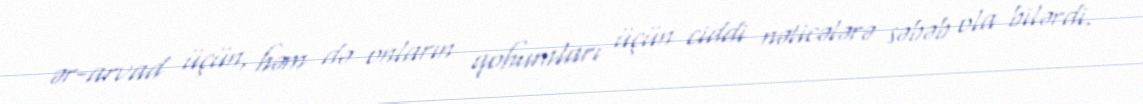
ər-arvad üçün, həm də onların qohumları üçün ciddi nəticələrə səbəb ola bilərdi.